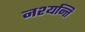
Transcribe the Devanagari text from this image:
नश्यन्ति